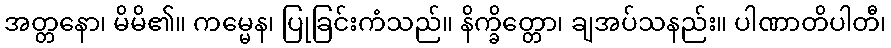
အတ္တနော၊ မိမိ၏။ ကမ္မေန၊ ပြုခြင်းကံသည်။ နိက္ခိတ္တော၊ ချအပ်သနည်း။ ပါဏာတိပါတီ၊